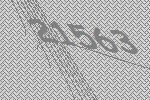
21563